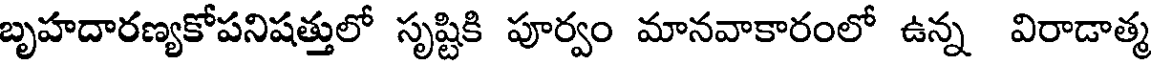
బృహదారణ్యకోపనిషత్తులో సృష్టికి పూర్వం మానవాకారంలో ఉన్న విరాడాత్మ